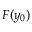
F ( y _ { 0 } )